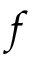
f